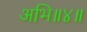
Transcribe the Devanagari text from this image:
अभि॥४॥